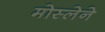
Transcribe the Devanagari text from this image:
मोस्लेने